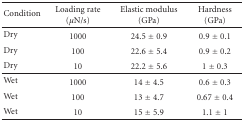
| Condition | Loading rate (μN/s) | Elastic modulus (GPa) | Hardness (GPa) |
 | --- | --- | --- | --- |
 | Dry | 1000 | 24.5 ± 0.9 | 0.9 ± 0.1 |
 | Dry | 100 | 22.6 ± 5.4 | 0.9 ± 0.2 |
 | Dry | 10 | 22.2 ± 5.6 | 1 ± 0.3 |
 | Wet | 1000 | 14 ± 4.5 | 0.6 ± 0.3 |
 | Wet | 100 | 13 ± 4.7 | 0.67 ± 0.4 |
 | Wet | 10 | 15 ± 5.9 | 1.1 ± 1 |